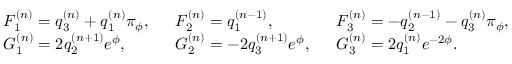
\left. \begin{array} { l l l } { { F _ { 1 } ^ { ( n ) } = q _ { 3 } ^ { ( n ) } + q _ { 1 } ^ { ( n ) } \pi _ { \phi } , \, \, \, \, } } & { { F _ { 2 } ^ { ( n ) } = q _ { 1 } ^ { ( n - 1 ) } , \, \, \, \, } } & { { F _ { 3 } ^ { ( n ) } = - q _ { 2 } ^ { ( n - 1 ) } - q _ { 3 } ^ { ( n ) } \pi _ { \phi } , } } \\ { { G _ { 1 } ^ { ( n ) } = 2 q _ { 2 } ^ { ( n + 1 ) } e ^ { \phi } , \, \, \, \, } } & { { G _ { 2 } ^ { ( n ) } = - 2 q _ { 3 } ^ { ( n + 1 ) } e ^ { \phi } , \, \, \, \, } } & { { G _ { 3 } ^ { ( n ) } = 2 q _ { 1 } ^ { ( n ) } e ^ { - 2 \phi } . } } \end{array} \right.